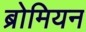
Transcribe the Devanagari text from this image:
ब्रोमियन